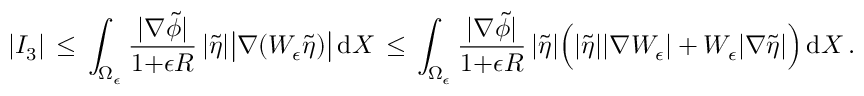
| I _ { 3 } | \, \le \, \int _ { \Omega _ { \epsilon } } \frac { | \nabla \tilde { \phi } | } { 1 { + } \epsilon R } \, | \tilde { \eta } | \bigl | \nabla ( W _ { \epsilon } \tilde { \eta } ) \bigr | \, \mathrm { d } X \, \le \, \int _ { \Omega _ { \epsilon } } \frac { | \nabla \tilde { \phi } | } { 1 { + } \epsilon R } \, | \tilde { \eta } | \Bigl ( | \tilde { \eta } | | \nabla W _ { \epsilon } | + W _ { \epsilon } | \nabla \tilde { \eta } | \Bigr ) \, \mathrm { d } X \, .